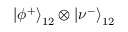
\left| \phi ^ { + } \right\rangle _ { 1 2 } \otimes \left| \nu ^ { - } \right\rangle _ { 1 2 }